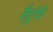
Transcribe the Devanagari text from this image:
कैंटुंकी